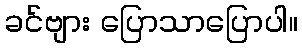
ခင်ဗျား ပြောသာပြောပါ။